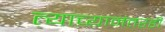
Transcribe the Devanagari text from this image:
त्याच्यानंतरही